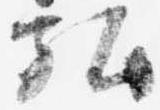
弘